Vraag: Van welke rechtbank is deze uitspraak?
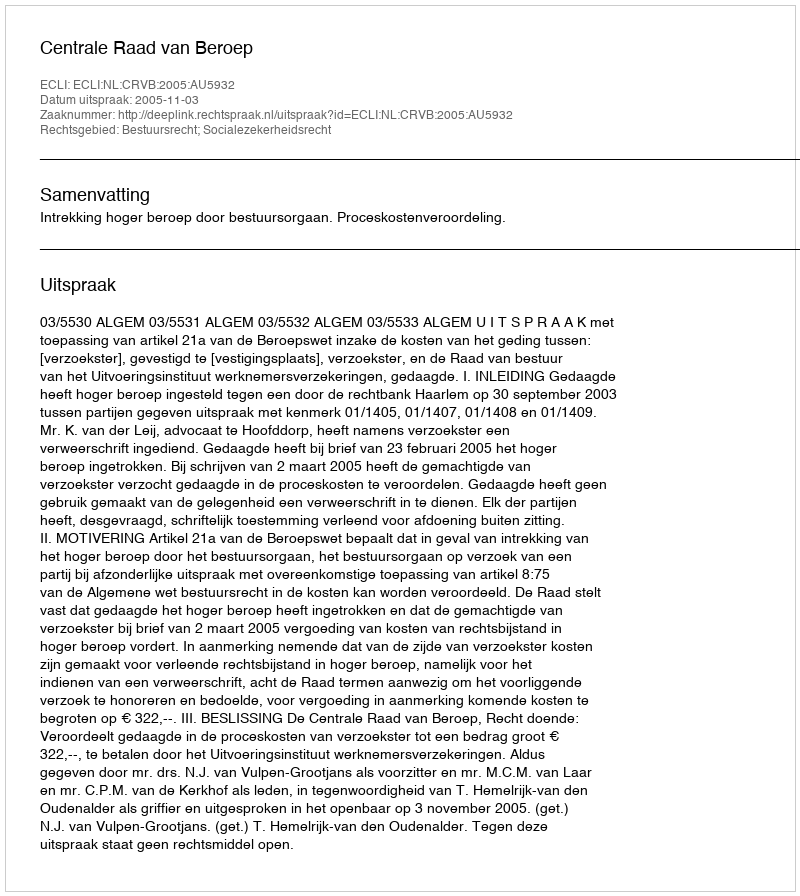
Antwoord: Centrale Raad van Beroep